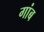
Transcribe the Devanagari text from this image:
गांब